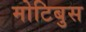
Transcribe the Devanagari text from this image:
मोटिबुस